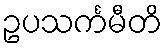
ဥပသင်္ကမီတိ